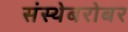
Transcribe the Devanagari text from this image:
संस्थेबरोबर